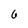
Character: 6